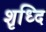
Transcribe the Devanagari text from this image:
शृध्दि